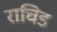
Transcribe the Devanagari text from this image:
राचिड